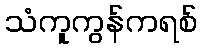
သံကူကွန်ကရစ်